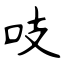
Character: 吱